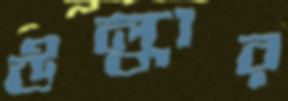
উল্কার